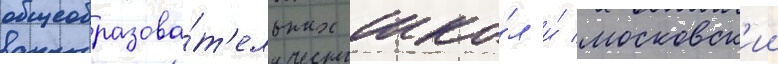
общеобразова́т'ельных шко́л и́ московск'ии